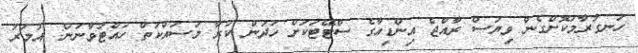
ހަނގުރާމަކޮށްގެން ވިޔަސް ރާއްޖެ އިންޑިއާގެ ސްޓޭޓަކަށް ހަދަން ކުރާ މަސައްކަތް ހުއްޓުވާނަން: އުމަރު